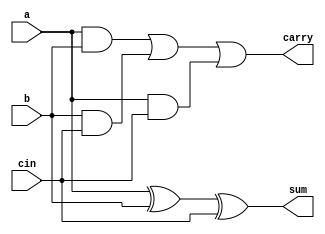
module FA(a,b,cin,sum,carry);

input a,b,cin;
output sum,carry;

 xor(sum1,a,b);
 xor(sum,sum1,cin);
 and(x,a,b);
 and(y,b,cin);
 and(z,a,cin);
 or(carry,x,y,z);

endmodule

module addersub(a, b, result,carry_final,c_in,overflow);

input signed [63:0] a, b;
output signed [63:0] result;
input c_in;
wire [62:0] carry;
wire [63:0] bm;
output carry_final,overflow;

genvar it;

assign overflow = 0;

generate
    for (it = 0; it<64;it = it+1)
    begin
        xor x(bm[it],b[it],c_in);
    end
endgenerate

FA y(.a(a[0]),.b(bm[0]),.cin(c_in),.sum(result[0]),.carry(carry[0]));

genvar j;

generate
    for(j = 1;j<63;j=j+1)
    begin
        FA z(.a(a[j]),.b(bm[j]),.cin(carry[j-1]),.sum(result[j]),.carry(carry[j]));
    end
endgenerate

FA ab(.a(a[63]),.b(bm[63]),.cin(carry[62]),.sum(result[63]),.carry(carry_final));

xor (overflow,carry_final,carry[62]);



endmodule